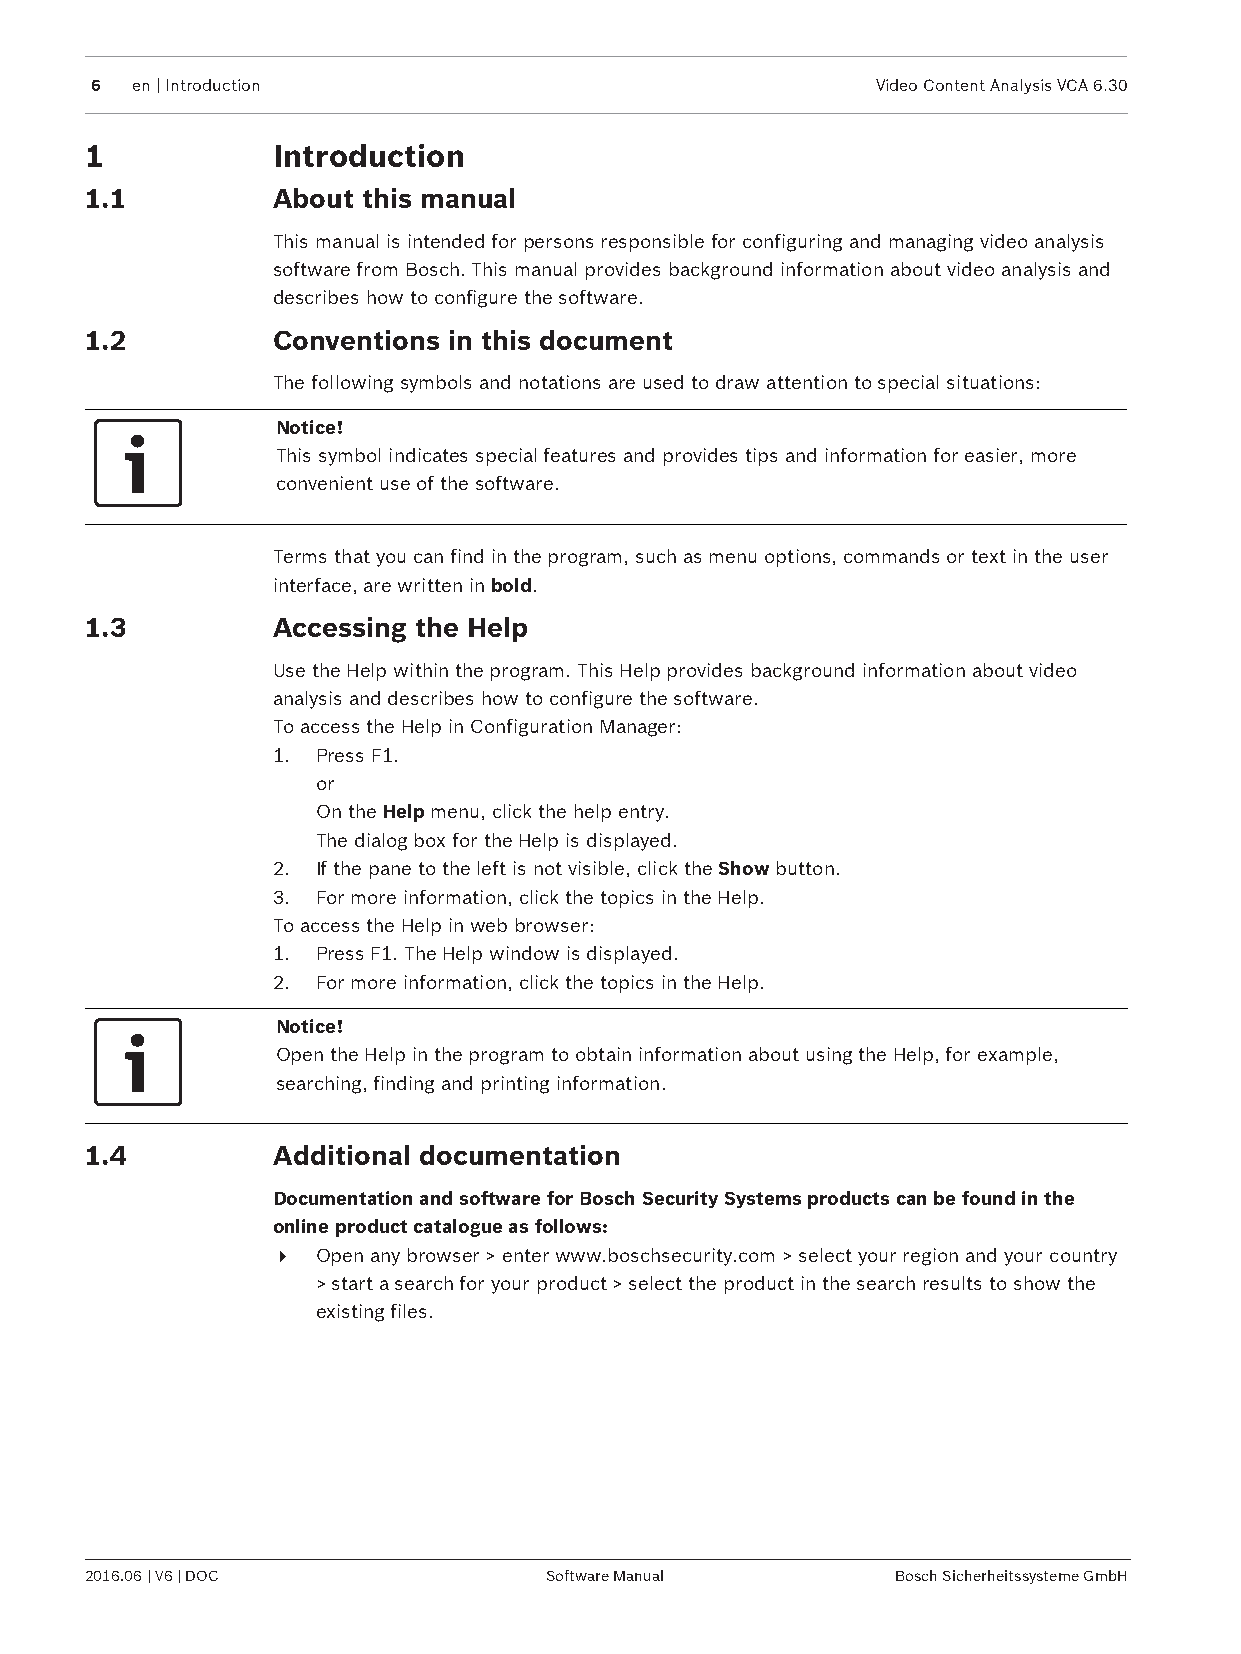
6  en | Introduction                                Video Content Analysis VCA 6.30
 1           Introduction
 1.1         About this manual
 This manual is intended for persons responsible for configuring and managing video analysis
 software from Bosch. This manual provides background information about video analysis and
 describes how to configure the software.
 1.2         Conventions in this document
 The following symbols and notations are used to draw attention to special situations:
 Notice!
 This symbol indicates special features and provides tips and information for easier, more
 convenient use of the software.
 Terms that you can find in the program, such as menu options, commands or text in the user
 interface, are written in bold.
 1.3         Accessing the Help
 Use the Help within the program. This Help provides background information about video
 analysis and describes how to configure the software.
 To access the Help in Configuration Manager:
 1. Press F1.
 or
 On the Help menu, click the help entry.
 The dialog box for the Help is displayed.
 2. If the pane to the left is not visible, click the Show button.
 3. For more information, click the topics in the Help.
 To access the Help in web browser:
 1. Press F1. The Help window is displayed.
 2. For more information, click the topics in the Help.
 Notice!
 Open the Help in the program to obtain information about using the Help, for example,
 searching, finding and printing information.
 1.4         Additional documentation
 Documentation and software for Bosch Security Systems products can be found in the
 online product catalogue as follows:
 4  Open any browser > enter www.boschsecurity.com > select your region and your country
 > start a search for your product > select the product in the search results to show the
 existing files.
 2016.06 | V6 | DOC            Software Manual        Bosch Sicherheitssysteme GmbH